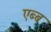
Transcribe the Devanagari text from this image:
एब्ब